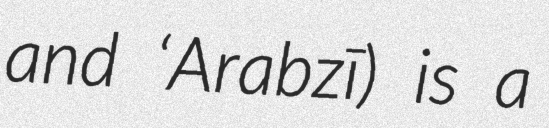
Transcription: and ‘Arabzī) is a